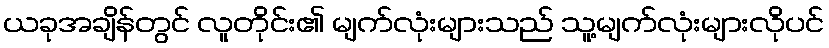
ယခုအချိန်တွင် လူတိုင်း၏ မျက်လုံးများသည် သူ့မျက်လုံးများလိုပင်